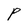
Character: P